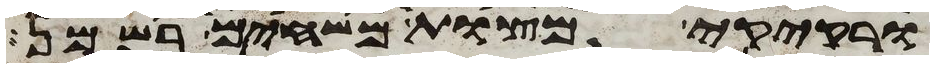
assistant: ורקיקי מצות משחים בשמן